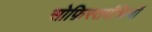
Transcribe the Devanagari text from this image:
सोफ़िस्तपंथियों